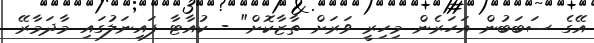
އޭގެ ސަބަބުން އަހަރެން މިހިރީ ވަރަށް ތާޒާކޮށް" - ކުއާޓާ ފައިނަލުގައި މާދަމާރޭ